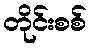
တိုင်းစစ်